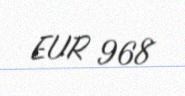
EUR 968